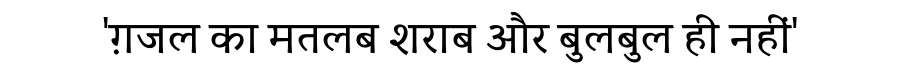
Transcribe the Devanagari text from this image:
'ग़जल का मतलब शराब और बुलबुल ही नहीं'